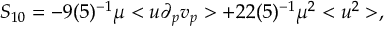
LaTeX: S _ { 1 0 } = - 9 ( 5 ) ^ { - 1 } \mu < u \partial _ { p } v _ { p } > + 2 2 ( 5 ) ^ { - 1 } \mu ^ { 2 } < u ^ { 2 } > ,